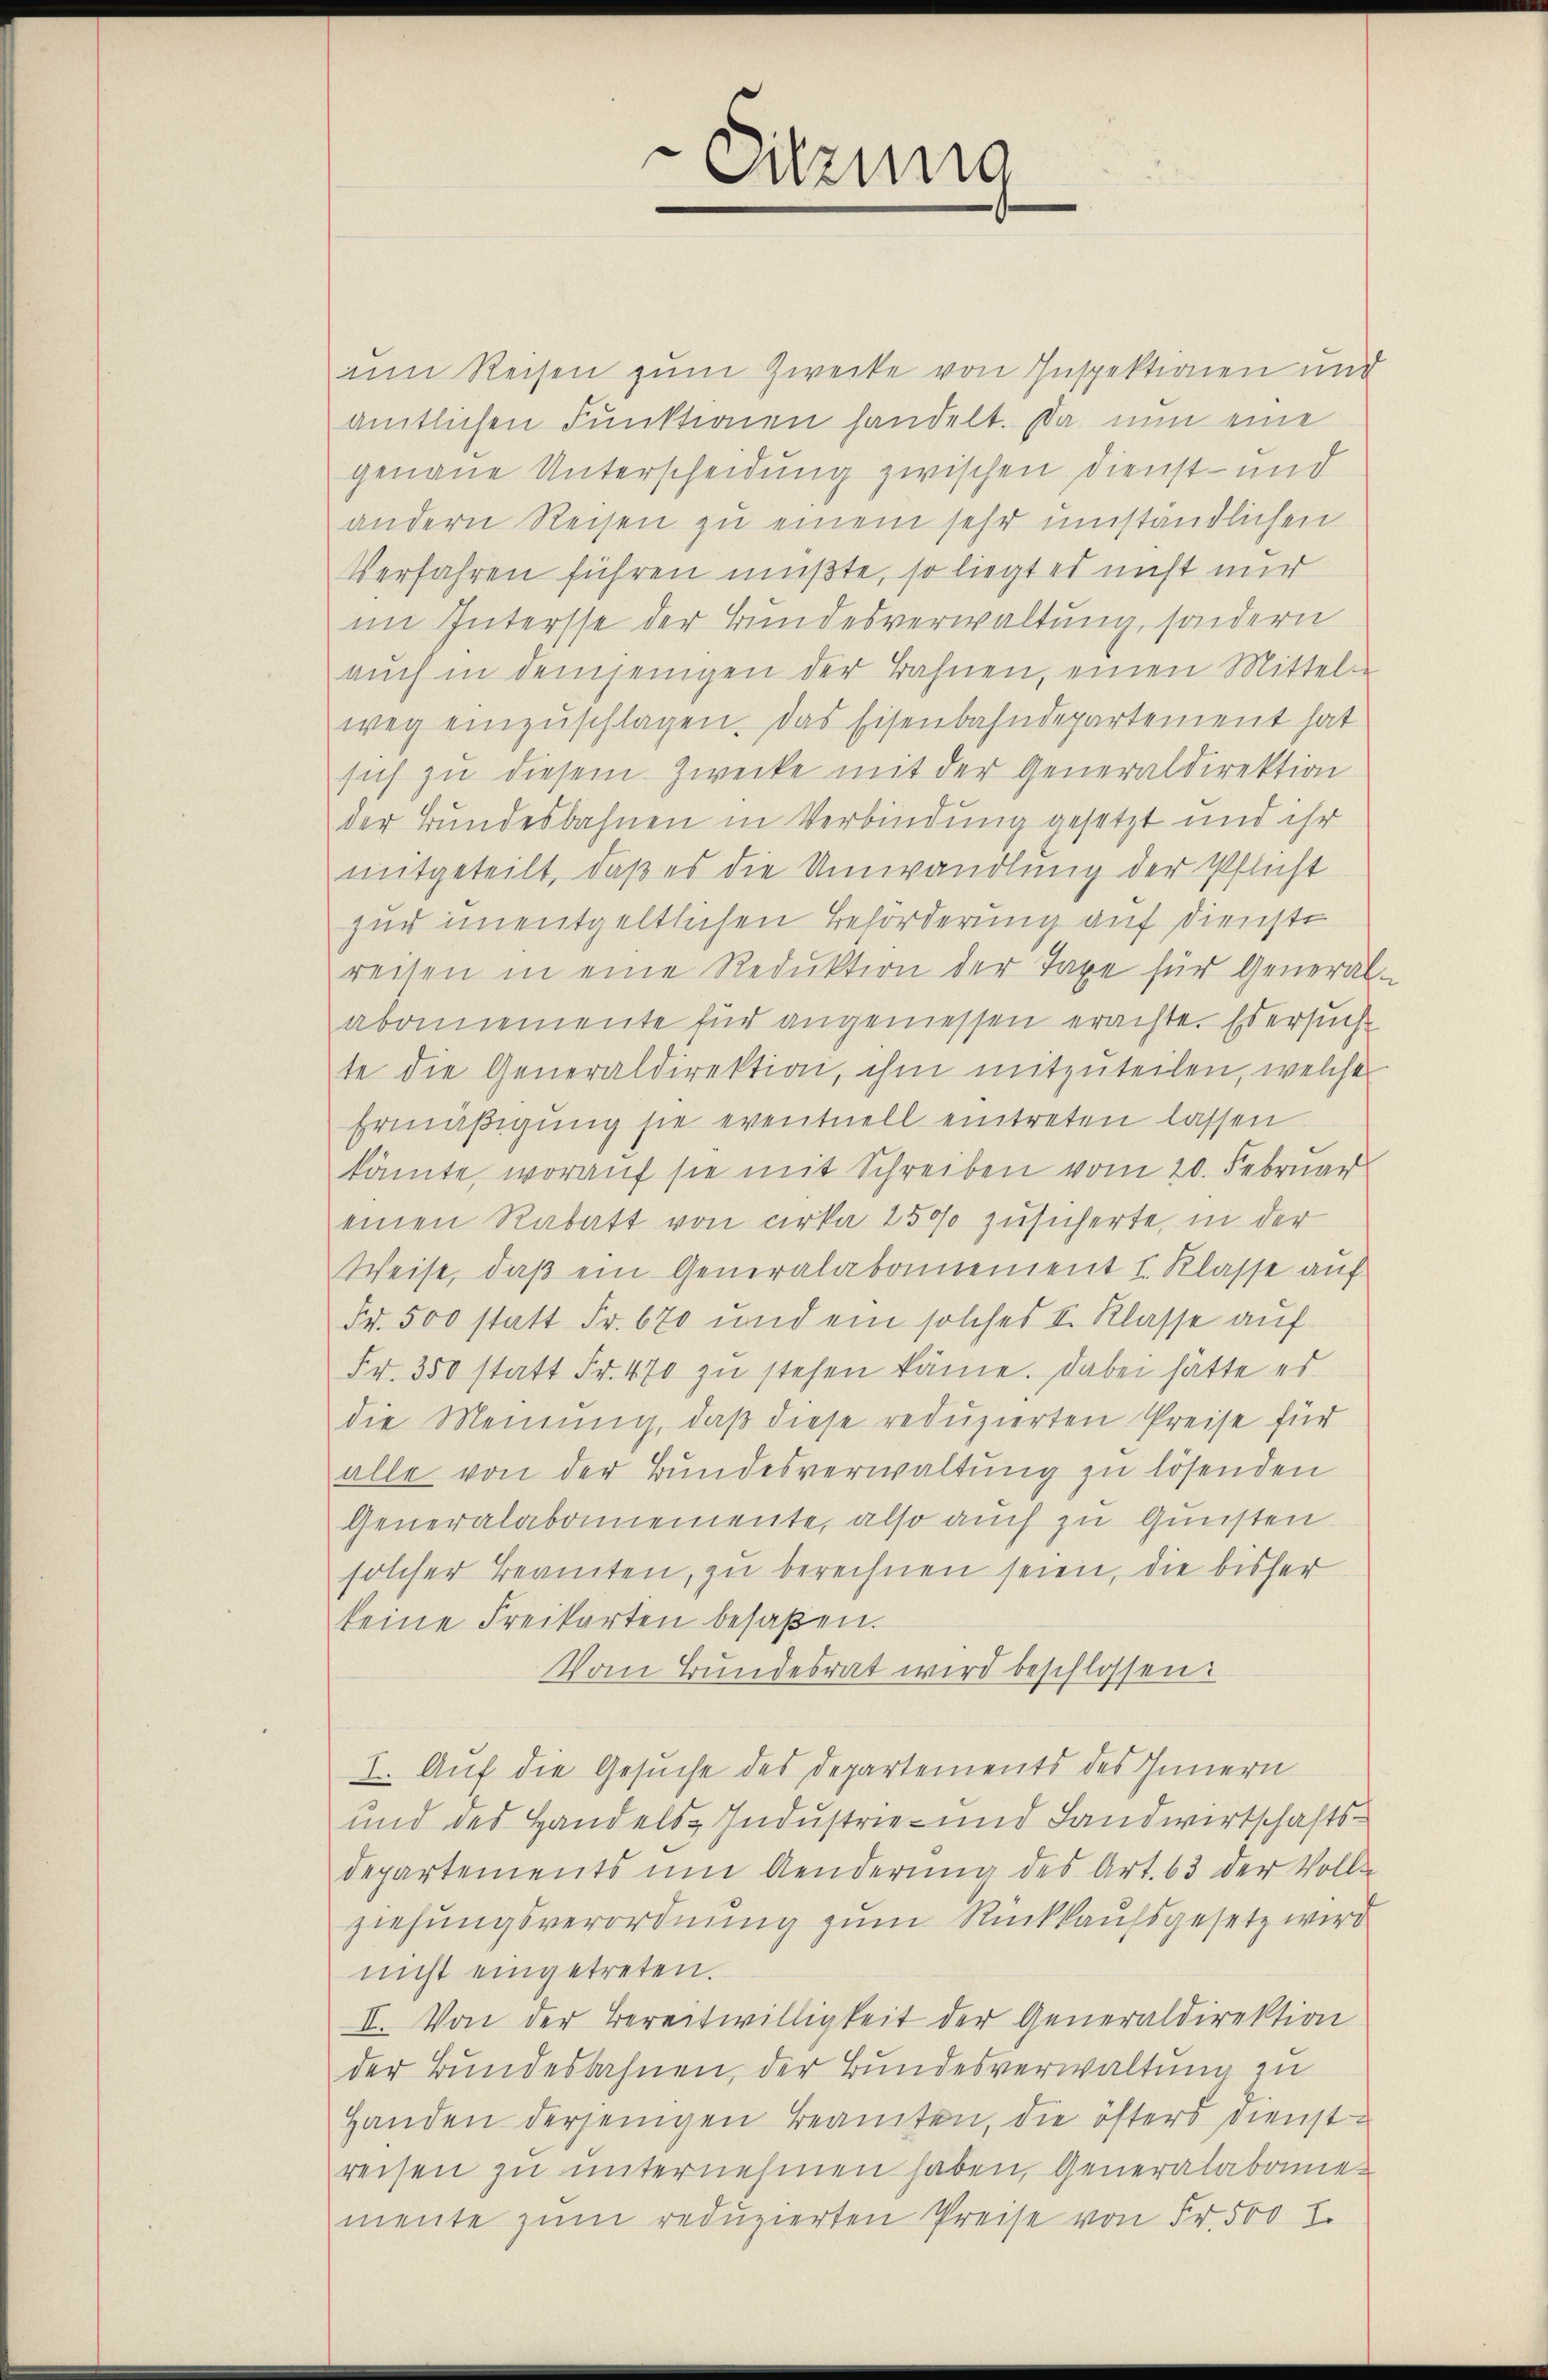
Sitzung

am Reisen zum Zwecke von Inspektionen und
amtlichen Funktionen handelt. Da nun eine
genaue Unterscheidung zwischen Dienst- und
andern Reisen zu einem sehr umständlichen
Verfahren führen müßte, so liegt es nicht mir
im Intersse der Bundesverwaltung, sondern
aŭch in demjenigen der Bahnen, einen Mittel-
weg einzuschlagen. Das Eisenbahndepartement hat
sich zŭ diesem Zwecke mit der Generaldirektion
der Bundesbahnen in Verbindung gesetzt und ihr
mitgeteilt, daß es die Umwandlung der Pflicht
zur unentgeltlichen Beförderung auf dienste
reisen in eine Reduktion der Taxe für General-
abonnemente für angemessen erachte. Es ersuch
te die Generaldirektion, ihm mitzuteilen, welche
Ermäßigung sie eventuell eintreten lassen
könte, worauf sie mit Schreiben vom 20. Februar
einen Rabatt von erka 1500 zusicherte, in der
Weise, daβ ein Generalabamement I. Klasse auf
Fr. 500 statt Fr. 670 und ein solches I. Klasse auf
Fr. 350 statt Fr. 470 zŭ stehen käme. Dabei hätte es
die Meinung, daß diese reduzierten Preise für
alle von der Bundesverwaltung zu lösenden
Generalabonemente, also auch zu Gunsten
solcher Beamten, zu berechnen seien, die bisher
keine Freikarten besaßen.
Vom Bundesrat wird beschlossen:
E. Auf die Gesuche des Departements des Innern
und des Handels-Industrie- und Landwirtschaftsdepartements um Aenderŭng des Art. 63 der Volle
ziehungsverordnung zum Rückkaufsgesetz wird
nicht eingetreten.
II. Von der Bereitwilligkeit der Generaldirektion
der Bundesbahnen, der Bundesverwaltung zu
Handen derjenigen Beamten, die öfters Dienstreisen zu unternehmen haben, Generalabame
mente zŭm redŭzierten Preise von Fr. 500 I.